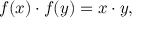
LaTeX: f ( x ) \cdot f ( y ) = x \cdot y ,